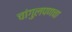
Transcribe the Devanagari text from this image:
चांगुलपणचा